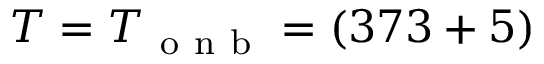
T = T _ { \mathrm { ~ o ~ n ~ b ~ } } = ( 3 7 3 + 5 )